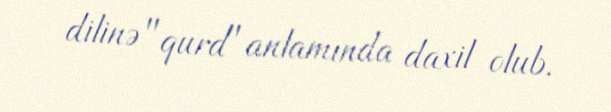
dilinə "qurd" anlamında daxil olub.